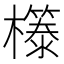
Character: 𭬤